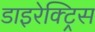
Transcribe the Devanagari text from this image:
डाइरेक्ट्रिस